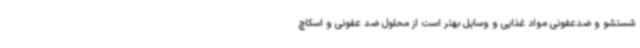
شستشو و ضدعفونی مواد غذایی و وسایل بهتر است از محلول ضد عفونی و اسکاچ